Leaving Certificate Examination, 1915
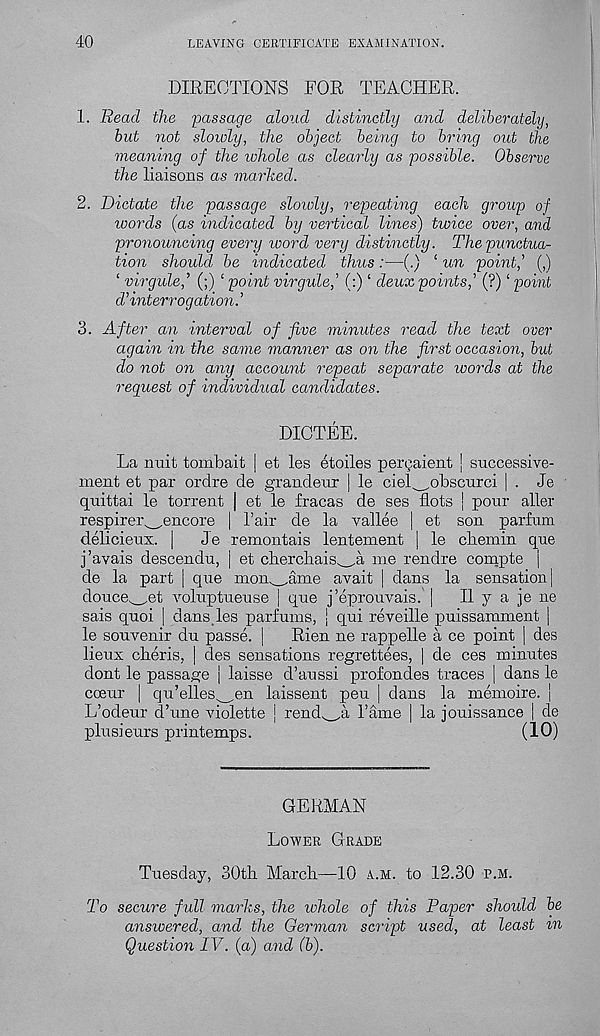
40
LEAVING CERTIFICATE EXAMINATION.
DIRECTIONS FOR TEACHER.
1. Read the 'passage aloud distinctly and deliberately,
but not sloioly, the object being to bring out the
meaning of the whole as clearly as possible. Observe
the liaisons as marked.
2. Dictate the passage slowly, repeating each group of
words (as indicated by vertical lines) twice over, and
pronouncing every ivord very distinctly. The punctua-
tion should be indicated thus:—(.) ‘ un point,’ (,)
‘ virgule,’ (;) ‘ point virgule,’ (:) ‘ deux points,’ (?) ‘ point
d’interrogation.’
3. After an interval of five minutes read the text over
again in the same manner as on the first occasion, but
do not on any account repeat separate words at the
request of individual candidates.
DICTEE.
La nuit tombait | et les etoiles pergaient ] successive-
ment et par ordre de grandeur | le ciel^obscurci | . Je
quittai le torrent | et le fracas de ses dots j pour aller
respirer^encore | 1’air de la vallee | et son parfura
delicieux. |
Je remontais lentement | le cbemin que
j’avais descendu, | et cbercliais^a me rendre compte j
de la part | que mon^ame avait | dans la sensation |
douce^et voluptueuse | que j’eprouvais. |
II y a je ne
sais quoi | dans,les parfums, j qui reveille puissamment |
le souvenir du passe. |
Rien ne rappelle a ce point | des
lieux cheris, | des sensations regrettees, | de ces minutes
dont le passage j laisse d’aussi profondes traces | dans le
cceur | qu’elles ,en laissent peu j dans la memoire. j
L’odeur d’une violette | rend^a 1’ame | la jouissance | de
plusieurs printemps.
(10)
GERMAN
Lower Grade
Tuesday, 30tb March—10 a.m. to 12.30 p.m.
To secure full marks, the tohole of this Paper should be
answered, and the German script used, at least m
Question IV. (a) and (b).